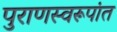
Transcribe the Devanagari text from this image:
पुराणस्वरूपांत